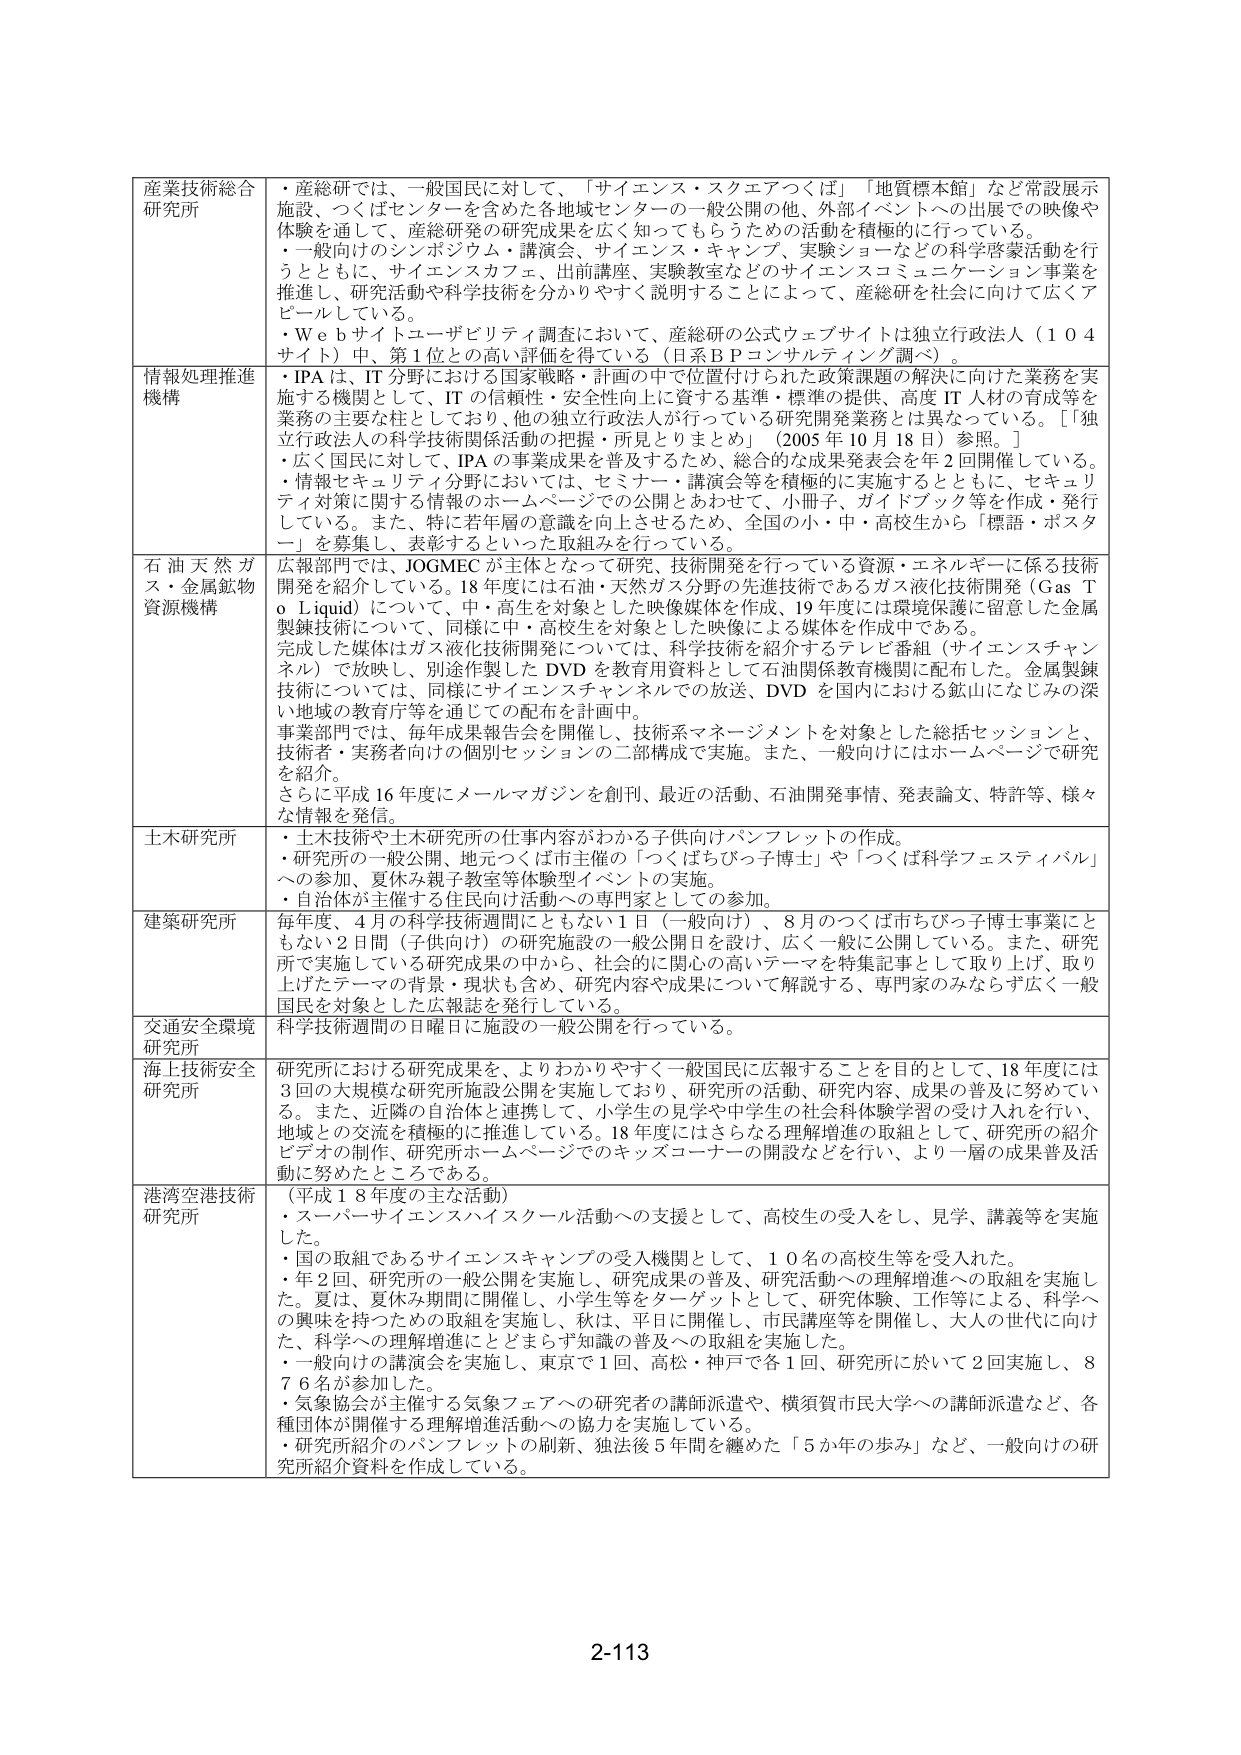
産業技術総合研究所
・産総研では、一般国民に対して、「サイエンス・スクエアつくば」「地質標本館」など常設展示施設、つくばセンターを含めた各地域センターの一般公開の他、外部イベントへの出展での映像や体験を通して、産総研発の研究成果を広く知ってもらうための活動を積極的に行っている。
・一般向けのシンポジウム、講演会、サイエンス・キャンプ、実験ショーなどの科学啓蒙活動を行うとともに、サイエンスカフェ、出前講座、実験教室などのサイエンスコミュニケーション事業を推進し、研究活動や科学技術を分かりやすく説明することによって、産総研を社会に向けて広くアピールしている。
・Ｗｅｂサイトユーザビリティ調査において、産総研の公式ウェブサイトは独立行政法人（１０４サイト）中、第１位との高い評価を得ている（日系ＢＰコンサルティング調べ）。

情報処理推進機構
・IPAは、IT分野における国家戦略・計画の中で位置付けられた政策課題の解決に向けた業務を実施する機関として、ITの信頼性・安全性向上に資する基準・標準の提供、高度IT人材の育成等を業務の主要な柱としており、他の独立行政法人が行っている研究開発業務とは異なっている。［「独立行政法人の科学技術関係活動の把握・所見とりまとめ」（2005年10月18日）参照。］
・広く国民に対して、IPAの事業成果を普及するため、総合的な成果発表会を年2回開催している。
・情報セキュリティ分野においては、セミナー・講演会等を積極的に実施するとともに、セキュリティ対策に関する情報のホームページでの公開とあわせて、小冊子、ガイドブック等を作成・発行している。また、特に若年層の意識を向上させるため、全国の小・中・高校生から「標語・ポスター」を募集し、表彰するといった取組みを行っている。

石油天然ガス・金属鉱物資源機構
広報部門では、JOGMECが主体となって研究・技術開発を行っている資源・エネルギーに係る技術開発を紹介している。18年度には石油・天然ガス分野の先進技術であるガス液化技術開発（Gas To Liquid）について、中・高生を対象とした映像媒体を作成、19年度には環境保護に留意した金属製錬技術について、同様に中・高校生を対象とした映像による媒体を作成中である。
完成した媒体はガス液化技術開発については、科学技術を紹介するテレビ番組（サイエンスチャンネル）で放送し、別途作製したDVDを教育用資料として石油関係教育機関に配布した。金属製錬技術については、同様にサイエンスチャンネルでの放送、DVDを国内における鉱山にたどる深い地域の教育庁等を通じての配布を計画中。
事業部門では、毎年成果報告会を開催し、技術系マネージメントを対象とした総括セッションと、技術者・実務者向けの個別セッションの二部構成で実施。また、一般向けにはホームページで研究を紹介。
さらに平成16年度にメールマガジンを創刊、最近の活動、石油開発事情、発表論文、特許等、様々な情報を発信。

土木研究所
・土木技術や土木研究所の仕事内容がわかる子供向けパンフレットの作成。
・研究所の一般公開、地元つくば市主催の「つくばちびっ子博士」や「つくば科学フェスティバル」への参加、夏休み親子教室等体験型イベントの実施。
・自治体が主催する住民向け活動への専門家としての参加。

建築研究所
毎年度、4月の科学技術週間にともない1日（一般向け）、8月のつくば市ちびっ子博士事業にともない2日間（子供向け）の研究施設の一般公開日を設け、広く一般に公開している。また、研究所で実施している研究成果の中から、社会的に関心の高いテーマを特集記事として取り上げ、取り上げたテーマの背景・現状も含め、研究内容や成果について解説する、専門家のみならず広く一般国民を対象とした広報誌を発行している。

交通安全環境研究所
科学技術週間の日曜日に施設の一般公開を行っている。

海上技術安全研究所
研究所における研究成果を、よりわかりやすく一般国民に広報することを目的として、18年度には3回の大規模な研究所施設公開を実施しており、研究所の活動、研究内容、成果の普及に努めている。また、近隣の自治体と連携して、小学生の見学や中学生の社会体験学習の受け入れを行い、地域との交流を積極的に推進している。18年度にはさらなる理解増進の取組として、研究所の紹介ビデオの制作、研究所ホームページでのキッズコーナーの開設などを行い、より一層の成果普及活動に努めたところである。

港湾空港技術研究所
（平成18年度の主な活動）
・スーパーサイエンスハイスクール活動への支援として、高校生の受入をし、見学、講義等を実施した。
・国の取組であるサイエンスキャンプの受入機関として、10名の高校生等を受入れた。
・年2回、研究所の一般公開を実施し、研究成果の普及、研究活動への理解増進への取組を実施した。夏は、夏休み期間に開催し、小学生等をターゲットとして、研究体験、工作等による、科学への興味を持つための取組を実施し、秋は、平日に開催し、市民講座等を開催し、大人の世代に向けた、科学への理解増進にとどまらず知識の普及への取組を実施した。
・一般向けの講演会を実施し、東京で1回、高松・神戸で各1回、研究所に於いて2回実施し、876名が参加した。
・気象協会が主催する気象フェアへの研究者の講師派遣や、横須賀市民大学への講師派遣など、各種団体が開催する理解増進活動への協力を実施している。
・研究所紹介のパンフレットの刷新、独法後5年間を纏めた「5か年の歩み」など、一般向けの研究所紹介資料を作成している。

2-113